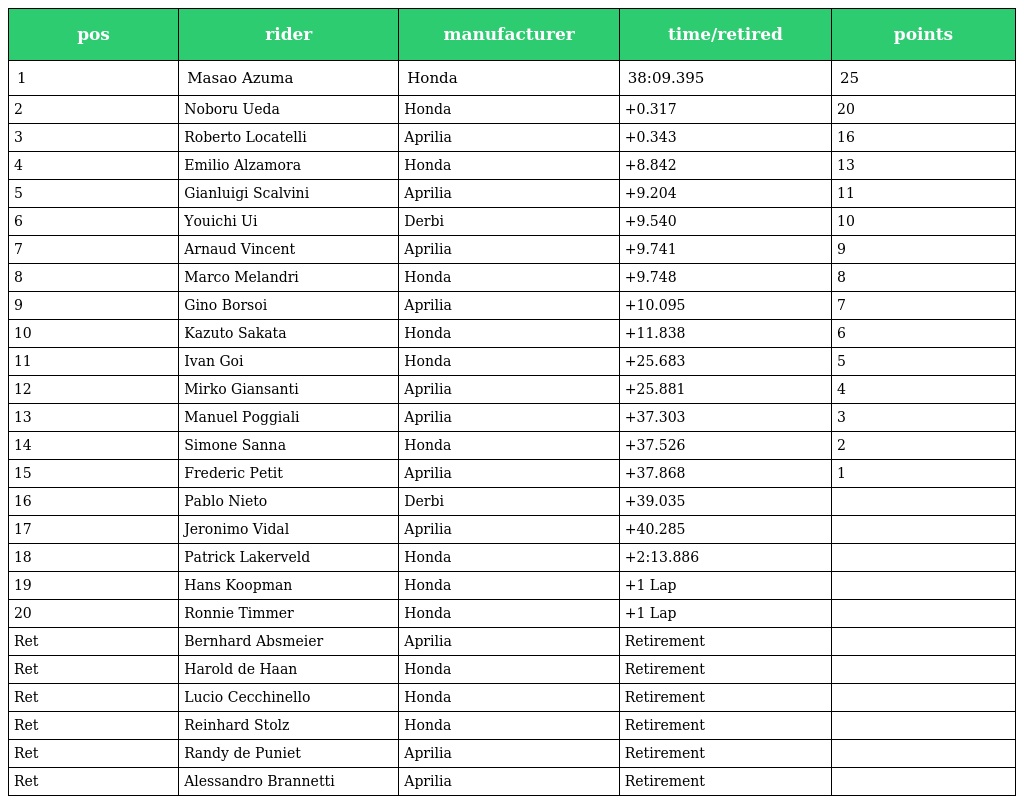
| pos | rider | manufacturer | time/retired | points |
 | --- | --- | --- | --- | --- |
 | 1 | Masao Azuma | Honda | 38:09.395 | 25 |
 | 2 | Noboru Ueda | Honda | +0.317 | 20 |
 | 3 | Roberto Locatelli | Aprilia | +0.343 | 16 |
 | 4 | Emilio Alzamora | Honda | +8.842 | 13 |
 | 5 | Gianluigi Scalvini | Aprilia | +9.204 | 11 |
 | 6 | Youichi Ui | Derbi | +9.540 | 10 |
 | 7 | Arnaud Vincent | Aprilia | +9.741 | 9 |
 | 8 | Marco Melandri | Honda | +9.748 | 8 |
 | 9 | Gino Borsoi | Aprilia | +10.095 | 7 |
 | 10 | Kazuto Sakata | Honda | +11.838 | 6 |
 | 11 | Ivan Goi | Honda | +25.683 | 5 |
 | 12 | Mirko Giansanti | Aprilia | +25.881 | 4 |
 | 13 | Manuel Poggiali | Aprilia | +37.303 | 3 |
 | 14 | Simone Sanna | Honda | +37.526 | 2 |
 | 15 | Frederic Petit | Aprilia | +37.868 | 1 |
 | 16 | Pablo Nieto | Derbi | +39.035 |  |
 | 17 | Jeronimo Vidal | Aprilia | +40.285 |  |
 | 18 | Patrick Lakerveld | Honda | +2:13.886 |  |
 | 19 | Hans Koopman | Honda | +1 Lap |  |
 | 20 | Ronnie Timmer | Honda | +1 Lap |  |
 | Ret | Bernhard Absmeier | Aprilia | Retirement |  |
 | Ret | Harold de Haan | Honda | Retirement |  |
 | Ret | Lucio Cecchinello | Honda | Retirement |  |
 | Ret | Reinhard Stolz | Honda | Retirement |  |
 | Ret | Randy de Puniet | Aprilia | Retirement |  |
 | Ret | Alessandro Brannetti | Aprilia | Retirement |  |